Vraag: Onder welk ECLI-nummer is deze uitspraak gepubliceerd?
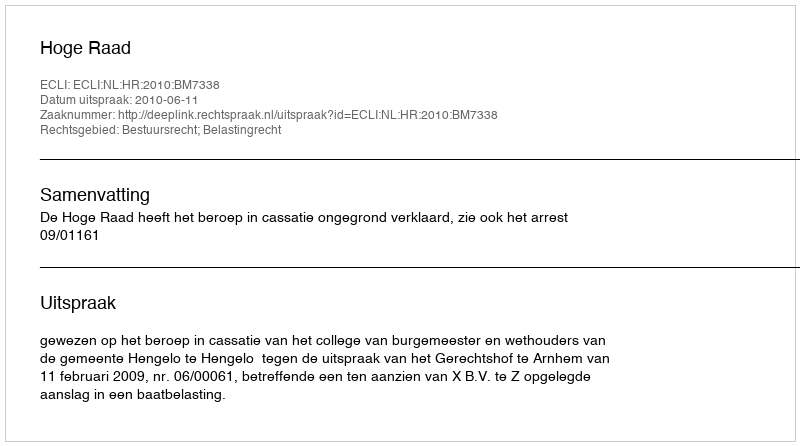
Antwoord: ECLI:NL:HR:2010:BM7338